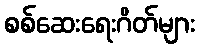
စစ်ဆေးရေးဂိတ်များ